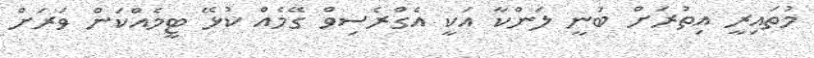
މުތައިރީ އިތުރަށް ބުނީ ލަންކާ އަކީ އެގްރެސިވް ގޭމެއް ކުޅޭ ޓީމެއްކަން ވަރަށް